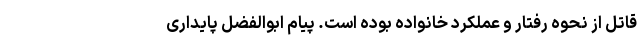
قاتل از نحوه رفتار و ‌عملکرد خانواده بوده است. پیام ابوالفضل پایداری